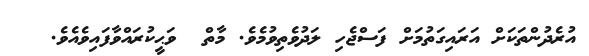
އުރެދުންތަކަށް އަރައިގަތުމަށް ފަސްޖެހި ލަދުވެތިވުމެވެ. މާތް  ވަޙީކުރައްވާފައިވެއެވެ.